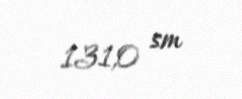
131,0 sm